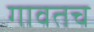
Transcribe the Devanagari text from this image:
गावतच